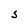
Character: S